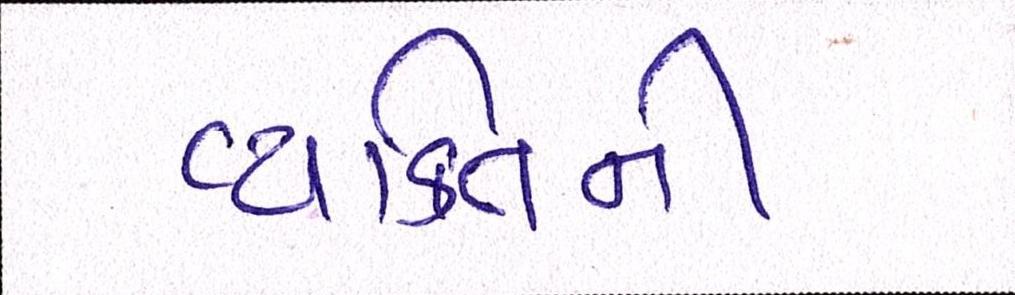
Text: વ્યકિતની